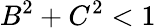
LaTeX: B^{2}+C^{2}<1